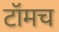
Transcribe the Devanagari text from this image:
टॉमच